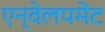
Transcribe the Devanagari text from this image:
एन्वेलपमेंट